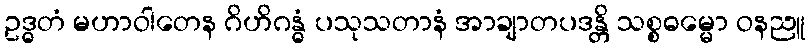
ဥဒ္ဓတံ မဟာဝါတေန ဂိဟိဂန္ဓံ ပသုသတာနံ အာချာတပဒန္တိ သစ္စဓမ္မော ဝနညူ